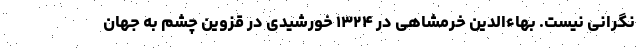
نگرانی نیست. بهاءالدین خرمشاهی در ۱۳۲۴ خورشیدی در قزوین چشم به جهان